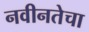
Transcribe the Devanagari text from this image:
नवीनतेचा